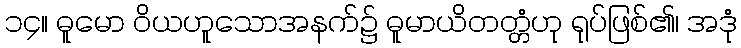
၁၄။ ဓူမော ဝိယဟူသောအနက်၌ ဓူမာယိတတ္တံဟု ရုပ်ဖြစ်၏၊ အဒုံ